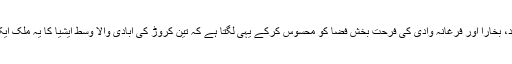
تاشقند، سمر قند، بخارا اور فرغانہ وادی کی فرحت بخش فضا کو محسوس کرکے یہی لگتا ہے کہ تین کروڑ کی آبادی والا وسط ایشیا کا یہ ملک ایک پرستان ہے۔